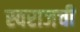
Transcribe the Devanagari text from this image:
स्वराजची